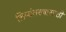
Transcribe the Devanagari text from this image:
लिप्यंतरणासाठी